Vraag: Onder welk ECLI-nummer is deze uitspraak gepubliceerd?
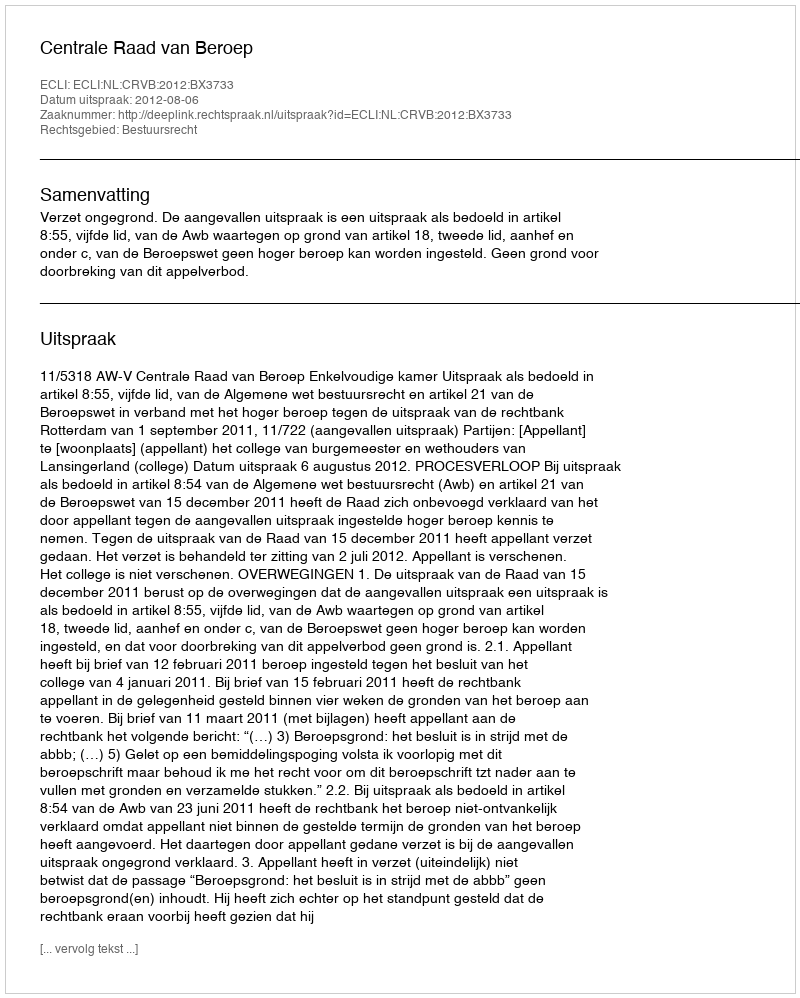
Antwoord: ECLI:NL:CRVB:2012:BX3733